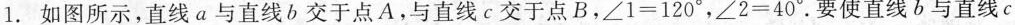
1.如图所示，直线a与直线b交于点A.与直线c交于点B，$$\angle 1=120^{\circ}$$，$$\angle 2=40^{\circ}$$.要使直线b与直线c